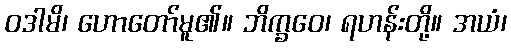
ဝဒါမိ၊ ဟောတော်မူ၏။ ဘိက္ခဝေ၊ ရဟန်းတို့။ အယံ၊